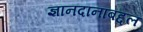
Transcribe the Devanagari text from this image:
ज्ञानदानाबद्दल